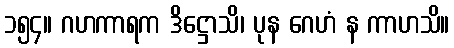
၁၅၄။ ဂဟကာရက ဒိဋ္ဌောသိ၊ ပုန ဂေဟံ န ကာဟသိ။